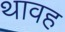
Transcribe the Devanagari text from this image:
थावह